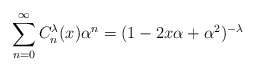
\begin{align*}\sum_{n=0}^{\infty} C^{\lambda}_n(x) \alpha^n = (1 - 2x\alpha + \alpha^2)^{-\lambda}\end{align*}